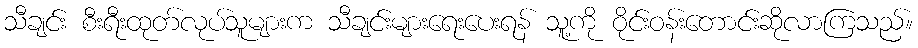
သီချင်း စီးရီးထုတ်လုပ်သူများက သီချင်းများရေးပေးရန် သူ့ကို ဝိုင်းဝန်းတောင်းဆိုလာကြသည်။